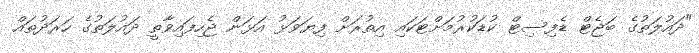
"ދައުލަތުގެ ބަޖެޓް ޑެފިސިޓް ކުޑަކުރުމަށްޓަކައި އިތުރަށް ފިޔަވަޅު އަޅަން ޖެހިފައިވާތީ ދައުލަތުގެ ހަރަދުތައް